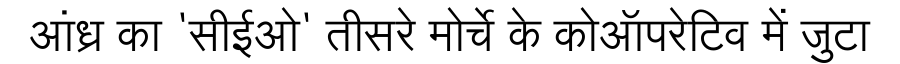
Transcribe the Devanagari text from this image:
आंध्र का 'सीईओ' तीसरे मोर्चे के कोऑपरेटिव में जुटा